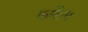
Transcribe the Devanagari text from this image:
कर्मेला